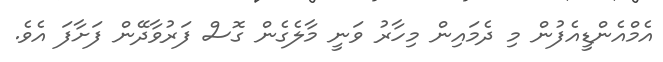
އެމްއެންޑީއެފުން މި ދެމައިން މިހާރު ވަނީ މާލެގެން ގޮސް ފަރުވާދޭން ފަށާފަ އެވެ.